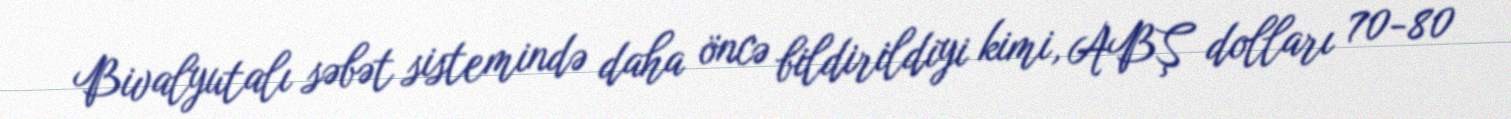
Bivalyutalı səbət sistemində daha öncə bildirildiyi kimi, ABŞ dolları 70-80